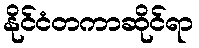
နိုင်ငံတကာဆိုင်ရာ